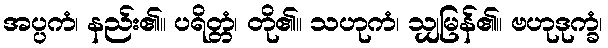
အပ္ပကံ၊ နည်း၏။ ပရိတ္တံ၊ တို၏။ သဟုကံ၊ သျှမြန်၏။ ဗဟုဒုက္ခံ၊